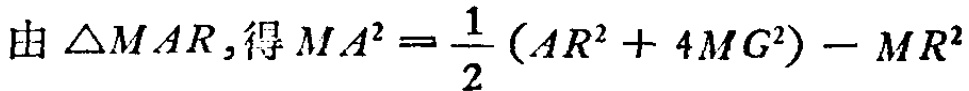
由 \(\triangle MAR\)，得 \(MA^{2}=\frac{1}{2}(AR^{2}+4MG^{2}) - MR^{2}\)